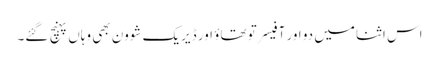
اس اثنا میں دو اور آفیسر تو تھاؤ اور ڈیریک شوون بھی وہاں پہنچ گئے۔